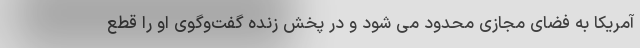
آمریکا به فضای مجازی محدود می شود و در پخش زنده گفت‌وگوی او را قطع